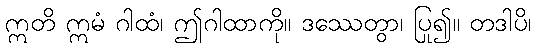
ဣတိ ဣမံ ဂါထံ၊ ဤဂါထာကို။ ဒဿေတွာ၊ ပြု၍။ တဒါပိ၊